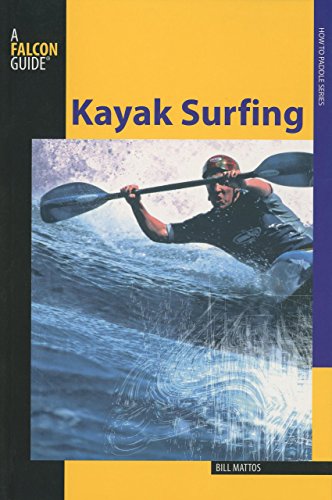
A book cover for Kayak Surfing (How to Paddle Series); Bill Mattos; Sports & Outdoors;